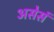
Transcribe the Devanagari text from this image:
असेसं